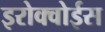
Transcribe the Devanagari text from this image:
इरोक्वोईस